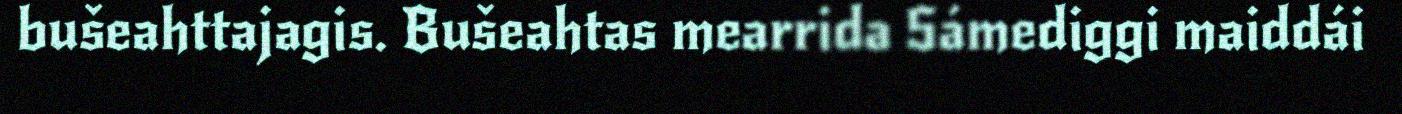
bušeahttajagis. Bušeahtas mearrida Sámediggi maiddái